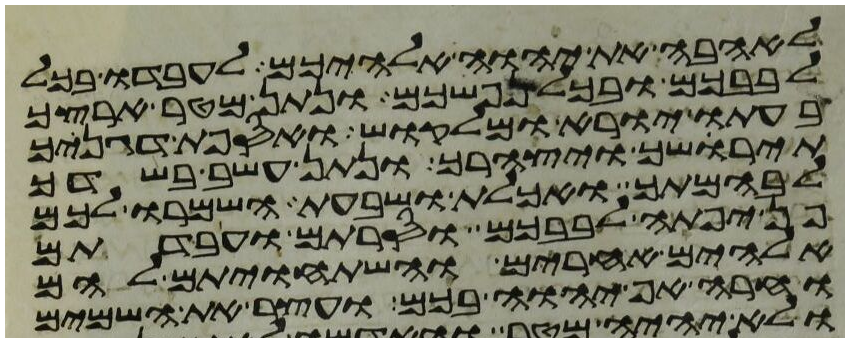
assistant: לאהבה את יהוה אלהיכם לעבדו בכל
לבבכם ובכל נפשכם ונתן מטר ארצך
בעתו יורא ומלקוש ואספת דגנך
תירשך ויצהרך ונתן עשב בשדך
לבהמתך ואכלת ושבעת השמרו לכם
פן יפתה לבבכם וסרתם ועבדתם
אלהים אחרים והשתחויתם להם
וחרה אף יהוה בכם ועצר את השמים